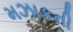
મઝાકની